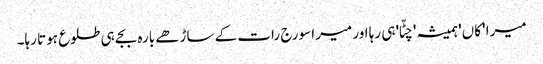
میرا 'کاں' ہمیشہ 'چٹّا' ہی رہا اور میرا سورج رات کے ساڑھے بارہ بجے ہی طلوع ہوتا رہا۔